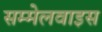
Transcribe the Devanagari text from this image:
सम्मेलवाइस